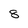
Character: 8